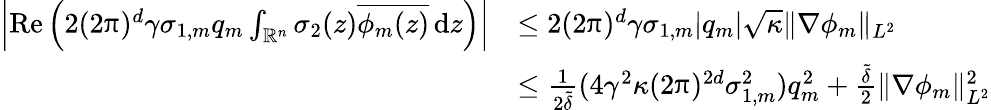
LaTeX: \begin{array}{rl}{\left|\mathrm{Re}\left(2(2\uppi)^{d}\gamma\sigma_{1,m}q_{m}\int_{\mathbb{R}^{n}}\sigma_{2}(z)\overline{{\phi_{m}(z)}}\, {\mathrm{d}}z\right)\right|}&{\le 2(2\uppi)^{d}\gamma\sigma_{1,m}|q_{m}|\sqrt{\kappa}\| \nabla\phi_{m}\| _{L^{2}}}\\ &{\le\frac{1}{2\tilde{\delta}}(4\gamma^{2}\kappa(2\uppi)^{2d}\sigma_{1,m}^{2})q_{m}^{2}+\frac{\tilde{\delta}}{2}\| \nabla\phi_{m}\| _{L^{2}}^{2}}\end{array}